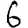
Digit: 6